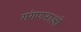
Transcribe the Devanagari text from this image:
संगणनाओ